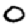
Digit: 0